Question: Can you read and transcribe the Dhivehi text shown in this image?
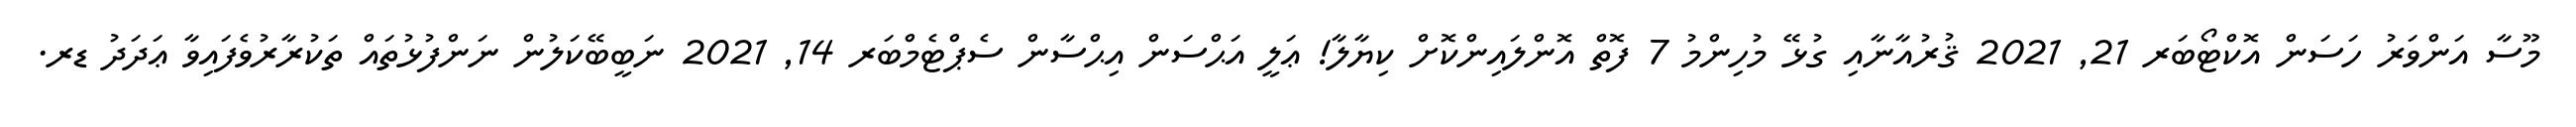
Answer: މޫސާ އަންވަރު ހަސަން އޮކްޓޯބަރ 21, 2021 ޤުރުއާނާއި ގުޅޭ މުހިންމު 7 ފޮތް އޮންލައިންކޮށް ކިޔާލާ! ޢަލީ އަޙްސަން އިޙްސާން ސެޕްޓެމްބަރ 14, 2021 ނަބީބޭކަލުން ނަންފުޅުތައް ތަކުރާރުވެފައިވާ ޢަދަދު ޑރ.